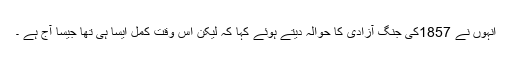
انہوں نے 1857کی جنگ آزادی کا حوالہ دیتے ہوئے کہا کہ لیکن اس وقت کمل ایسا ہی تھا جیسا آج ہے ۔